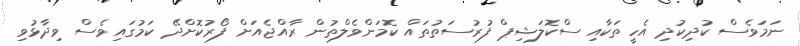
ނަމަވެސް ކުދިކުދި އެހީތަކާއި ސްކޮލަޝިޕް ފުރުސަތުތައް ކޮމަންވެލްތުން ރާއްޖެއަށް ފޯރުކޮށްދޭ ކަމުގައިވެސް ވިދާޅުވި